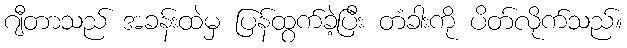
ဂျီတာသည် အခန်းထဲမှ ပြန်ထွက်ခဲ့ပြီး တံခါးကို ပိတ်လိုက်သည်။